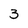
Character: 3